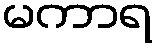
မကာရ